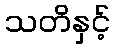
သတိနှင့်